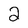
Character: 2